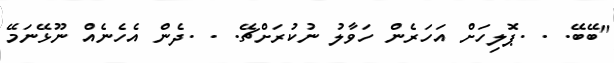
"ބޭބޭ. . .ޕޮލިހަށް އަހަރެން ހަވާލު ނުކުރަށްޗޭ. . .ދެން އެހެނެއް ނޫޅޭނަމޭ